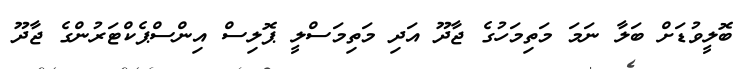
ބޮލީވުޑަށް ބަލާ ނަމަ މަތިމަހުގެ ޖާދޫ އަދި މަތިމަސްލީ ޕޮލިސް އިންސްޕެކްޓަރުންގެ ޖާދޫ